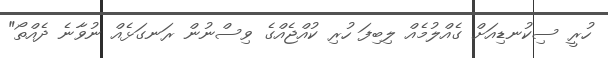
ހުރީ ސިކުނޑިއަށް ގެއްލުމެއް ލިބިފަ ހުރި ކުއްޖެއްގެ ވިސްނުން ރަނގަޅެއް ނުވާނެ ދެއްތޯ"